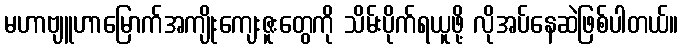
မဟာဗျူဟာမြောက်အကျိုးကျေးဇူးတွေကို သိမ်းပိုက်ရယူဖို့ လိုအပ်နေဆဲဖြစ်ပါတယ်။